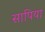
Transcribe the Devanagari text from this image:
सापिया